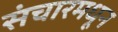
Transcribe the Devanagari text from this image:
संचारमधून